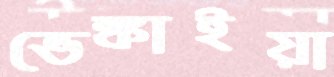
ভেঙ্কাইয়া